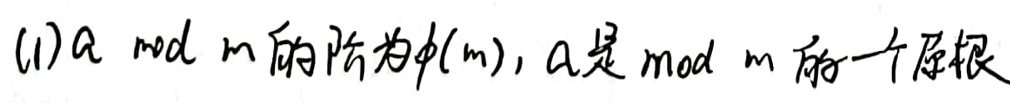
(1) $a\bmod m$的阶为$\varphi(m)$，$a$是$\bmod m$的一个原根。